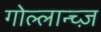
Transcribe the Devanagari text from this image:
गोल्लान्च्ज़